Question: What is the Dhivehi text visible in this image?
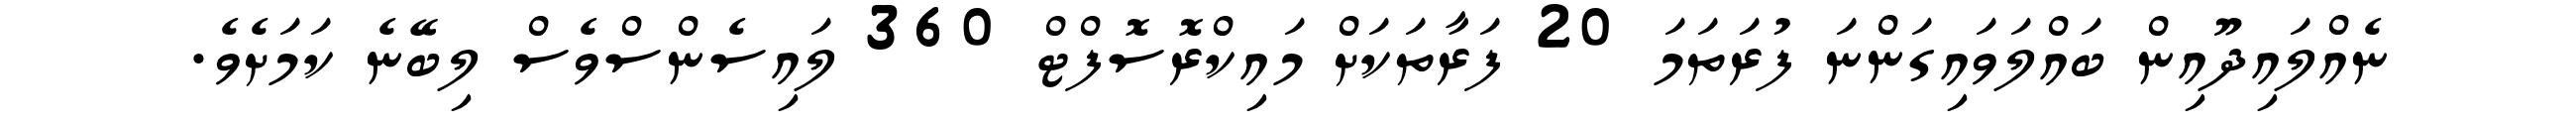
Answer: ނެއްލައިދޫއިން ބައްލަވައިގަންނަ ފުރަތަމަ 20 ފަރާތަކަށް މައިކްރޮސޮފްޓް 360 ލައިސެންސްވެސް ލިބޭނެ ކަމަށެވެ.